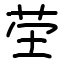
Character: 茔